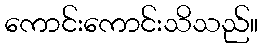
ကောင်းကောင်းသိသည်။